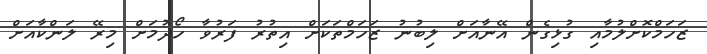
ޒަހަމްކޮށްލުމާއި ގުޅިގެން އޭނާއަށް ލިބުނު ޒަހަމްތަކަށް އިތުރު ފަރުވާ ހޯދުމަށް މިރޭ ލަންކާއަށް